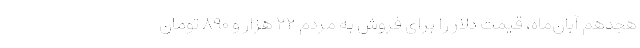
هجدهم آبان‌ماه، قیمت دلار را برای فروش به مردم ۲۲ هزار و ۸۹۰ تومان